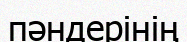
пәндерінің